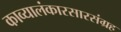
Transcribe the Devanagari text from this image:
काव्यालंकारसारसंग्रह